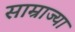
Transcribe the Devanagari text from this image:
साम्राज्या